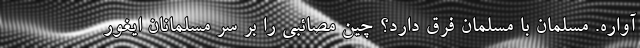
آواره. مسلمان با مسلمان فرق دارد؟ چين مصائبي را بر سر مسلمانان ايغور